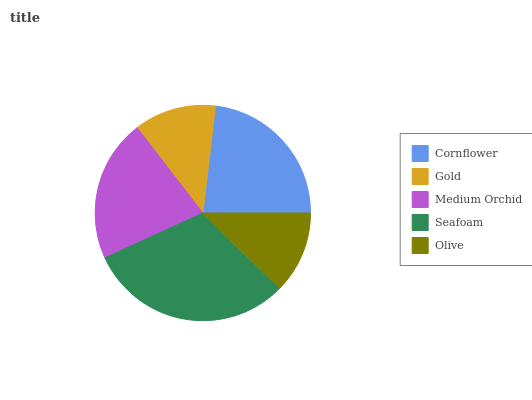
| Cornflower | Gold | Medium Orchid | Seafoam | Olive |
 | --- | --- | --- | --- | --- |
 | 23.1% | 12.3% | 21.4% | 30.8% | 12.4% |